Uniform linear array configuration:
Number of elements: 64
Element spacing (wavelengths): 0.25
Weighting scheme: kaiser
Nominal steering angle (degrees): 30
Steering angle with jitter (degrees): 31.71
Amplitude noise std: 0.05
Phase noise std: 0.05

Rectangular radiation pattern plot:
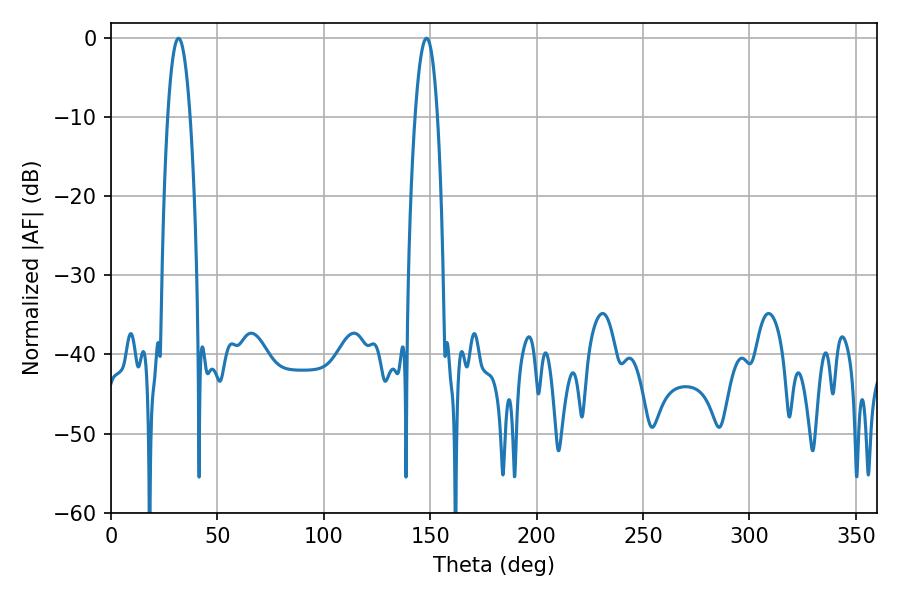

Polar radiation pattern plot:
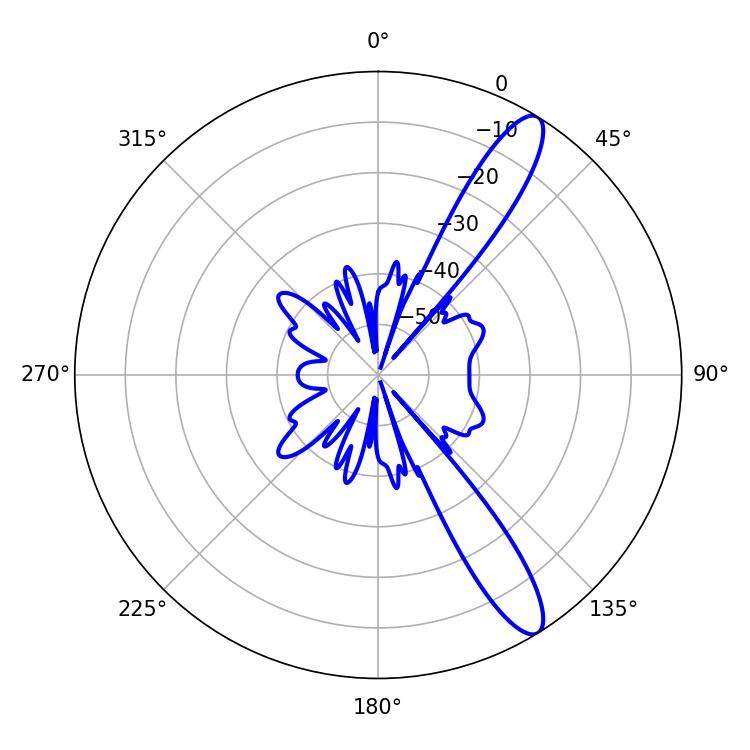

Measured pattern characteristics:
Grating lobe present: FALSE
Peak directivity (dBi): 12.39
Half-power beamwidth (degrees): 5.94
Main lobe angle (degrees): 31.68